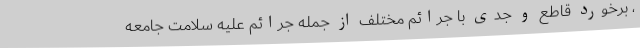
، برخورد قاطع و جدی با جرائم مختلف از جمله جرائم علیه سلامت جامعه